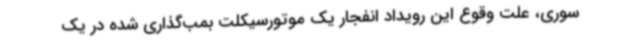
سوری، علت وقوع این رویداد انفجار یک موتورسیکلت بمب‌گذاری شده در یک